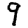
Digit: 9